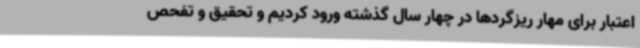
اعتبار برای مهار ریزگردها در چهار سال گذشته ورود کردیم و تحقیق و تفحص